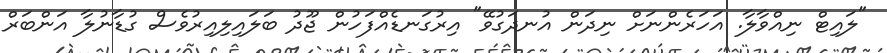
"ލައިޓް ނިއްވާލާ. އަހަރެންނަށް ނިދަން އުނދަގުވޭ" އިރުގަނޑެއްފަހުން ޖޫދު ބަލައިލިއިރުވެސް ގުޑާނުލާ އަންބަރް